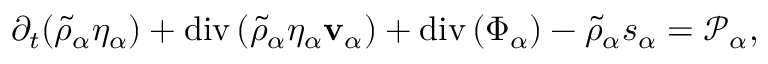
\begin{array} { r } { \partial _ { t } ( \tilde { \rho } _ { \alpha } \eta _ { \alpha } ) + \mathrm { d i v } \left( \tilde { \rho } _ { \alpha } \eta _ { \alpha } \mathbf { v } _ { \alpha } \right) + \mathrm { d i v } \left( \boldsymbol { \Phi } _ { \alpha } \right) - \tilde { \rho } _ { \alpha } s _ { \alpha } = \mathscr { P } _ { \alpha } , } \end{array}